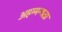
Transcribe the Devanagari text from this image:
अहम्मन्यता